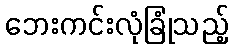
ဘေးကင်းလုံခြုံသည့်